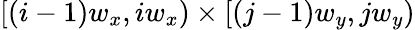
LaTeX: \left[(i-1)w_{x},iw_{x}\right)\times\left[(j-1)w_{y},jw_{y}\right)